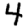
Digit: 4